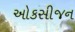
ઓકસીજન